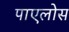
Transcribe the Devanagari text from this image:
पाएलोस